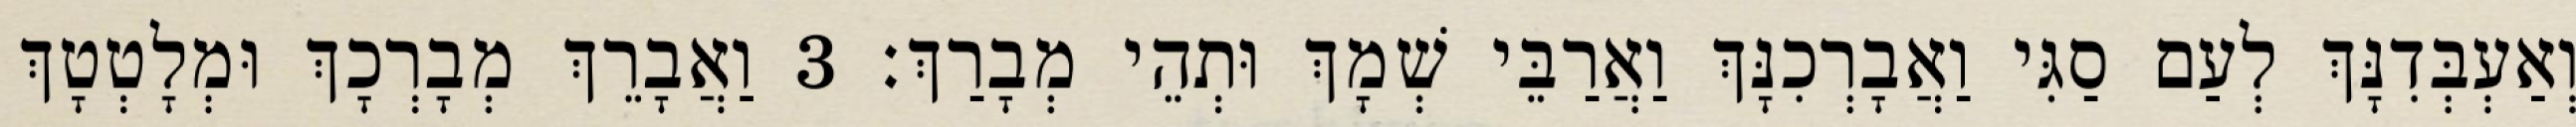
וְאַעְבְּדִנָּךְ לְעַם סַגִּי וַאֲבָרְכִנָּךְ וַאֲרַבֵּי שְׁמָךְ וּתְהֵי מְבָרַךְ׃ 3 וַאֲבָרֵךְ מְבָרְכָךְ וּמְלָטְטָךְ